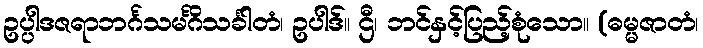
ဥပ္ပါဒဇရာဘင်္ဂသမင်္ဂိသင်္ခါတံ၊ ဥပါဒ်။ ဌီ၊ ဘင်နှင့်ပြည့်စုံသော။ (ဓမ္မဇာတံ၊